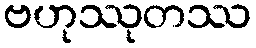
ဗဟုဿုတဿ